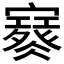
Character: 𡫮